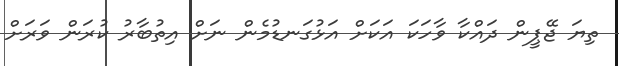
ތިޔަ ޖޭޕީން ދައްކާ ވާހަކަ އަކަށް އަޅުގަނޑުމެން ނަށް އިތުބާރު ކުރަން ވަރަށް